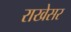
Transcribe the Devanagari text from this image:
राखेसर